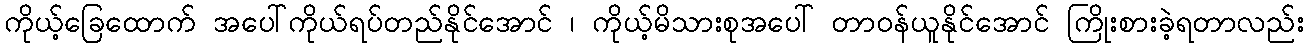
ကိုယ့်ခြေထောက် အပေါ်ကိုယ်ရပ်တည်နိုင်အောင် ၊ ကိုယ့်မိသားစုအပေါ် တာဝန်ယူနိုင်အောင် ကြိုးစားခဲ့ရတာလည်း